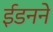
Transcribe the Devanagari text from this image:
ईडनने